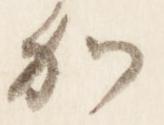
加